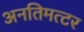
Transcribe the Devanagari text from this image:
अनतिमत्टर